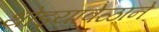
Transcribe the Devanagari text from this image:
थोड्यावेळाने